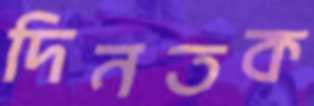
দিনতক